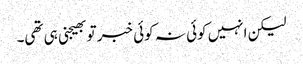
لیکن انہیں کوئی نہ کوئی خبر تو بھیجنی ہی تھی۔